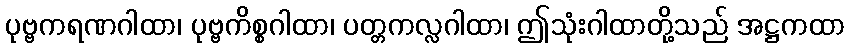
ပုဗ္ဗကရဏဂါထာ၊ ပုဗ္ဗကိစ္စဂါထာ၊ ပတ္တကလ္လဂါထာ၊ ဤသုံးဂါထာတို့သည် အဋ္ဌကထာ